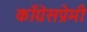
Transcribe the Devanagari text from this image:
काँग्रेसप्रेमी